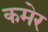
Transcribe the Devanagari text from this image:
कमेर